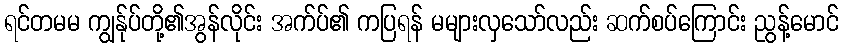
ရင်တမမ ကျွန်ုပ်တို့၏အွန်လိုင်း အက်ပ်၏ ကပြရန် မများလှသော်လည်း ဆက်စပ်ကြောင်း ညွန့်မောင်